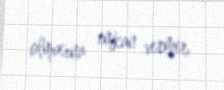
olmasına imkan vermir.